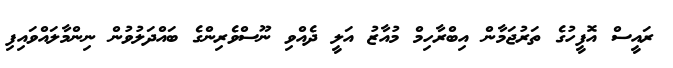
ރައީސް އޮފީހުގެ ތަރުޖަމާން އިބްރާހިމް މުއާޒު އަލީ ދެއްވި ނޫސްވެރިންގެ ބައްދަލުވުން ނިންމާލައްވައިފި